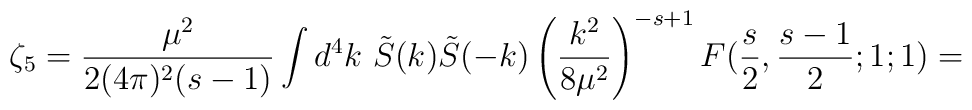
\zeta_5=\frac{\mu^{2}}{2(4\pi)^{2}(s-1)} \int d^{4}k\ \tilde S(k)\tilde S(-k)\left(\frac{k^2}{8\mu^2}\right)^{-s+1}F(\frac{s}{2},\frac{s-1}{2};1;1)=